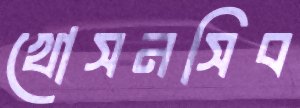
খোসনসিব